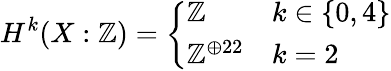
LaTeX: H^{k}(X:\mathbb{Z})={\left\{ \begin{array}{ll}{\mathbb{Z}}&{k\in\{ 0,4\} }\\ {\mathbb{Z}^{\oplus 22}}&{k=2}\end{array}\right.}